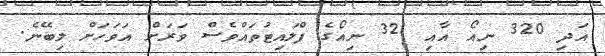
އަދި 320 ނިއޯ އާއި 321 ނިއޯގެ ފްލައިޓުތައްވެސް ވަރަށް އަވަހަށް ލިބޭނެ.